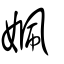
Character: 姵